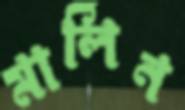
মার্লিন